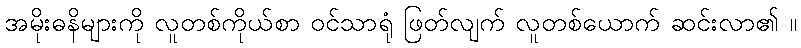
အမိုးဓနိများကို လူတစ်ကိုယ်စာ ဝင်သာရုံ ဖြတ်လျက် လူတစ်ယောက် ဆင်းလာ၏ ။